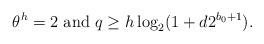
LaTeX: \begin{align*}\theta^h=2~{\rm and}~ q\ge h\log_2(1+d2^{b_0+1}). \end{align*}